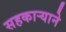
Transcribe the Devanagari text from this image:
सहकार्‍याने